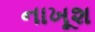
નાખૂશ